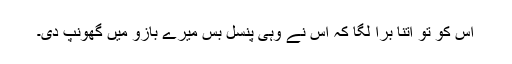
اس کو تو اتنا برا لگا کہ اس نے وہی پنسل بس میرے بازو میں گھونپ دی۔